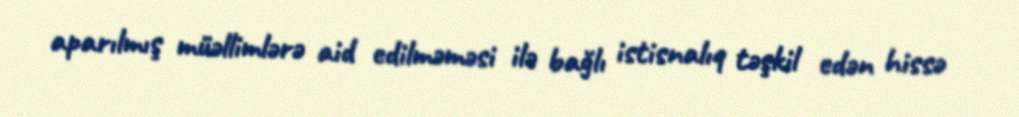
aparılmış müəllimlərə aid edilməməsi ilə bağlı istisnalıq təşkil edən hissə